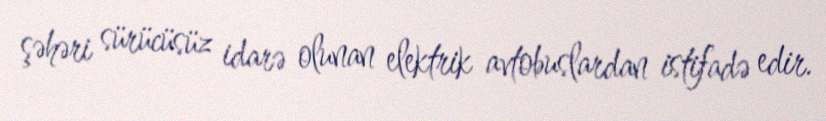
şəhəri sürücüsüz idarə olunan elektrik avtobuslardan istifadə edir.